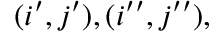
( i ^ { \prime } , j ^ { \prime } ) , ( i ^ { \prime \prime } , j ^ { \prime \prime } ) ,